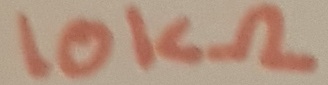
Text: 10KΩ